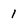
Character: 1